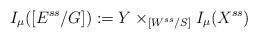
\begin{align*}I_{\mu}([E^{ss}/G]):=Y\times_{[W^{ss}/S]}I_{\mu}(X^{ss})\end{align*}